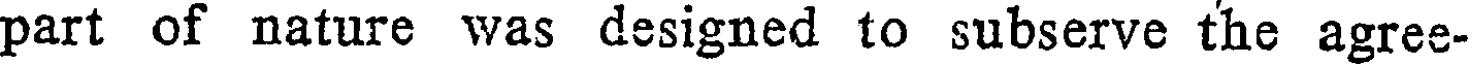
part of nature was designed to subserve the agree-